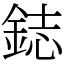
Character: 鋕